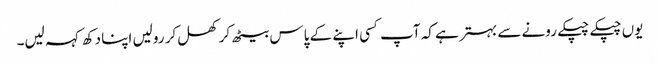
یوں چپکے چپکے رونے سے بہتر ہے کہ آپ کسی اپنے کے پاس بیٹھ کر کھل کر رولیں اپنا دکھ کہہ لیں۔